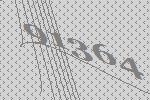
91364